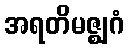
အရတိမဇ္ဈဂံ